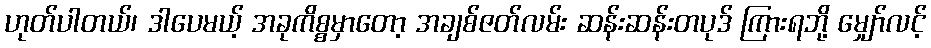
ဟုတ်ပါတယ်၊ ဒါပေမယ့် အခုကိစ္စမှာတော့ အချစ်ဇတ်လမ်း ဆန်းဆန်းတပုဒ် ကြားရဘို့ မျှော်လင့်